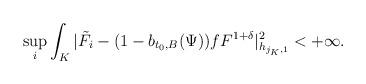
LaTeX: \begin{align*}\sup\limits_i\int_K|\tilde{F}_i-(1-b_{t_0,B}(\Psi))fF^{1+\delta}|^2_{h_{j_K,1}}<+\infty.\end{align*}